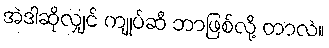
အဲဒါဆိုလျှင် ကျုပ်ဆီ ဘာဖြစ်လို့ တာလဲ။